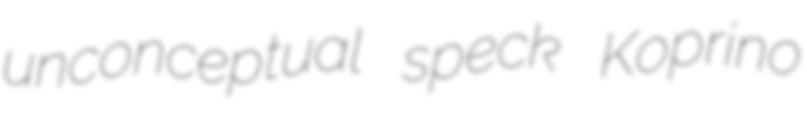
unconceptual speck Koprino